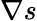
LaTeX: \nabla s